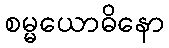
စမ္မယောဓိနော